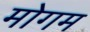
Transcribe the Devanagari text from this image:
मोगम